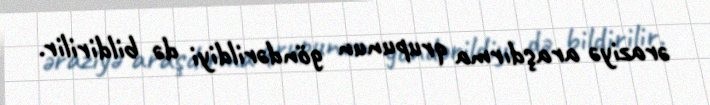
əraziyə araşdırma qrupunun göndərildiyi də bildirilir.